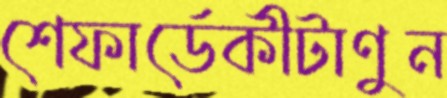
শেফার্ডেকীটাণুন